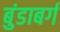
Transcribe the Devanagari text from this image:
बुंडाबर्ग